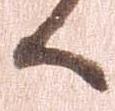
候